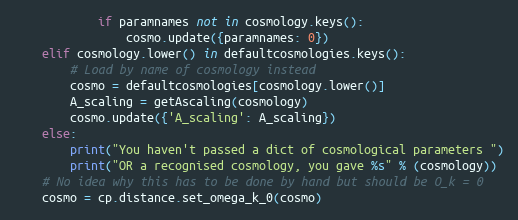
Language: Python
            if paramnames not in cosmology.keys():
                cosmo.update({paramnames: 0})
    elif cosmology.lower() in defaultcosmologies.keys():
        # Load by name of cosmology instead
        cosmo = defaultcosmologies[cosmology.lower()]
        A_scaling = getAscaling(cosmology)
        cosmo.update({'A_scaling': A_scaling})
    else:
        print("You haven't passed a dict of cosmological parameters ")
        print("OR a recognised cosmology, you gave %s" % (cosmology))
    # No idea why this has to be done by hand but should be O_k = 0
    cosmo = cp.distance.set_omega_k_0(cosmo)